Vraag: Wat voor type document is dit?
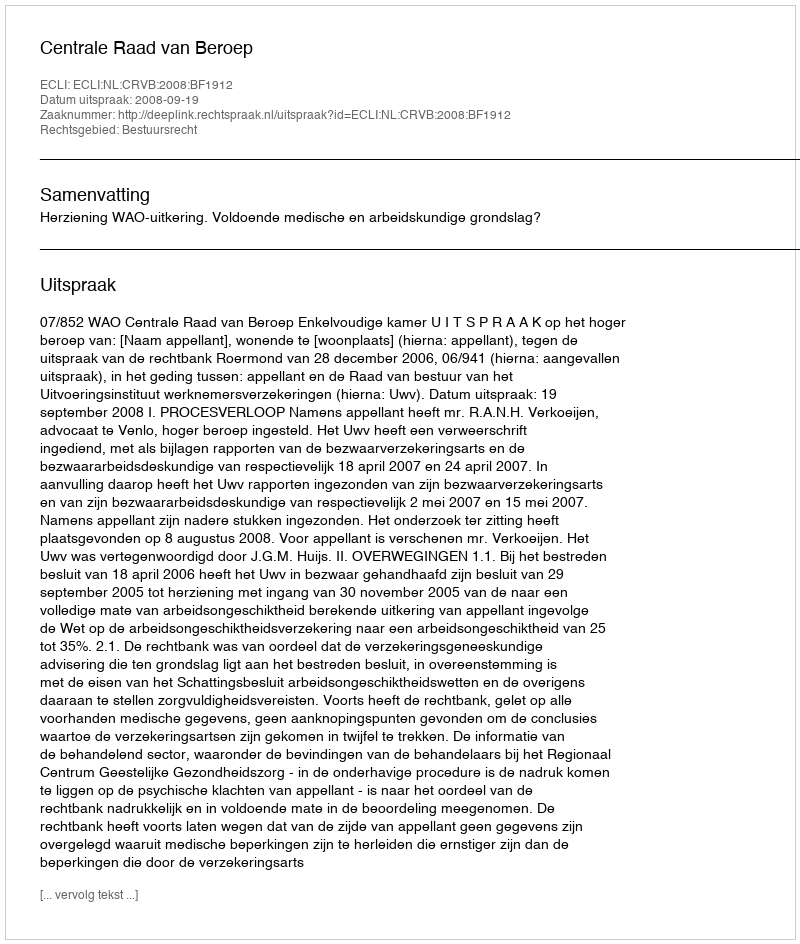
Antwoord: Uitspraak